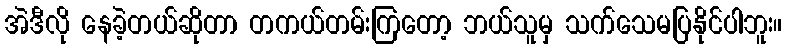
အဲဒီလို နေခဲ့တယ်ဆိုတာ တကယ်တမ်းကြတော့ ဘယ်သူမှ သက်သေမပြနိုင်ပါဘူး။